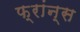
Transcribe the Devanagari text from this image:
फ्रांन्स